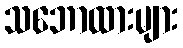
သဘောထားများ